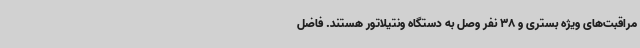
مراقبت‌های ویژه بستری و 38 نفر وصل به دستگاه ونتیلاتور هستند. فاضل